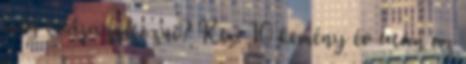
meg tudja foltozni? Kix: 10 kemény év után az